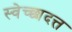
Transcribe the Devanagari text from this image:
स्वेच्छादत्त